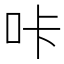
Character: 咔